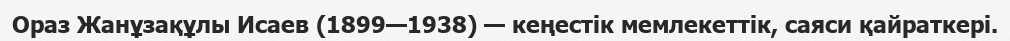
Ораз Жанұзақұлы Исаев (1899—1938) — кеңестік мемлекеттік, саяси қайраткері.